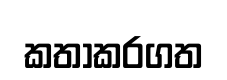
කතාකරගත